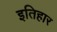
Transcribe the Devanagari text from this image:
इतिहार